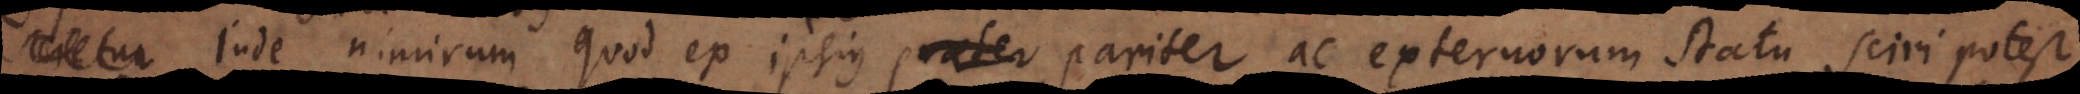
non? Inde nimirum quod ex ipsius praeter pariter ac externorum statu sciri potest